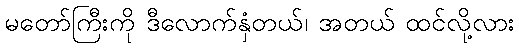
မတော်ကြီးကို ဒီလောက်နှံတယ်၊ အတယ် ထင်လို့လား